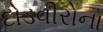
દોડવીરોના